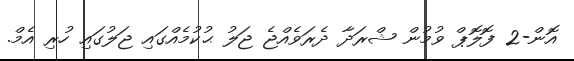
އޮން-2 ފޮލޮޕް ވުމުން ޝްރަދާ ދެރަވެއްޖެ ޖަލު ޙުކުމެއްގައި ޖަލުގައި ހުރި އެމް.